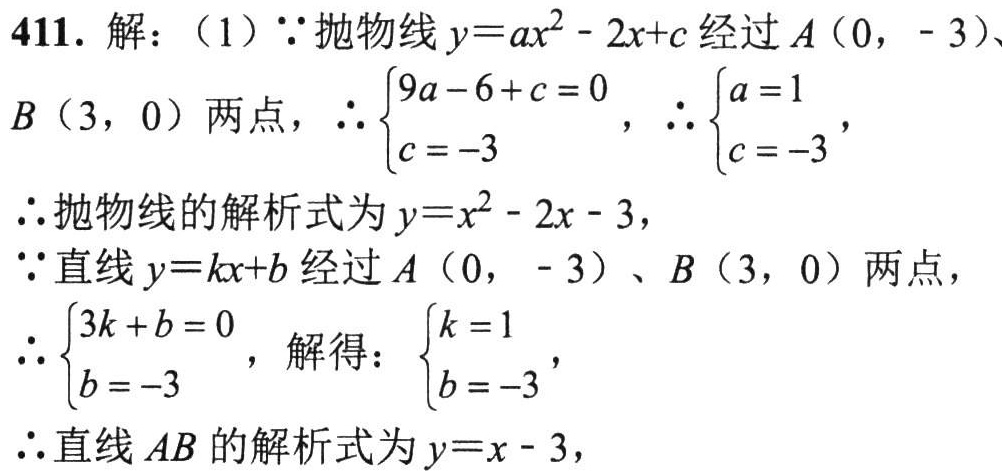
411. 解：（1）\(\because\)抛物线\(y = ax^{2}-2x + c\)经过\(A(0,-3)\)、
\(B(3,0)\)两点，\(\therefore\begin{cases}9a - 6 + c = 0\\c = -3\end{cases}\)，\(\therefore\begin{cases}a = 1\\c = -3\end{cases}\)，
\(\therefore\)抛物线的解析式为\(y = x^{2}-2x - 3\)，
\(\because\)直线\(y = kx + b\)经过\(A(0,-3)\)、\(B(3,0)\)两点，
\(\therefore\begin{cases}3k + b = 0\\b = -3\end{cases}\)，解得：\(\begin{cases}k = 1\\b = -3\end{cases}\)，
\(\therefore\)直线\(AB\)的解析式为\(y = x - 3\)，